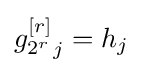
{g_{2^{r}}^{\left[r\right]}}_{j}=h_{j}